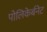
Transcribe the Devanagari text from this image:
पोलिकेर्बनेट